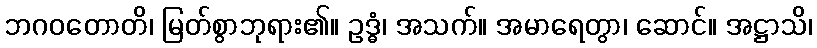
ဘဂဝတောတိ၊ မြတ်စွာဘုရား၏။ ဥဒ္ဓံ၊ အသက်။ အမာရေတွာ၊ ဆောင်။ အဋ္ဌာသိ၊